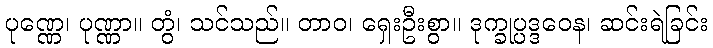
ပုဏ္ဏေ၊ ပုဏ္ဏာ။ တွံ၊ သင်သည်။ တာဝ၊ ရှေးဦးစွာ။ ဒုက္ခုပ္ပဒ္ဒဝေန၊ ဆင်းရဲခြင်း